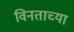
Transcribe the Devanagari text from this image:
विनताच्या